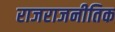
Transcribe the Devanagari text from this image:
राजराजनीतिक